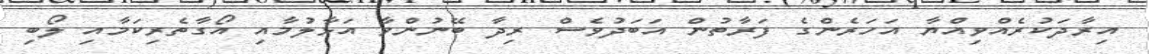
އިރާދަކުރެއްވިއްޔާ އަހަރެންގެ ފަރާތުން އަބަދުވެސް ރިދާ ބޭނުންވާ އަޅާލުމާއި އޯގާތެރިކަމާއި ލޯބި